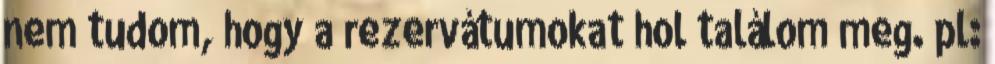
nem tudom, hogy a rezervátumokat hol találom meg. pl: